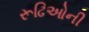
રૂઢિઓની